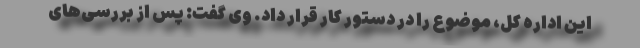
این اداره کل، موضوع را در دستور کار قرار داد. وی گفت: پس از بررسی‌های